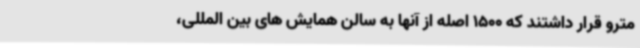
مترو قرار داشتند که 1500 اصله از آنها به سالن همایش های بین المللی،